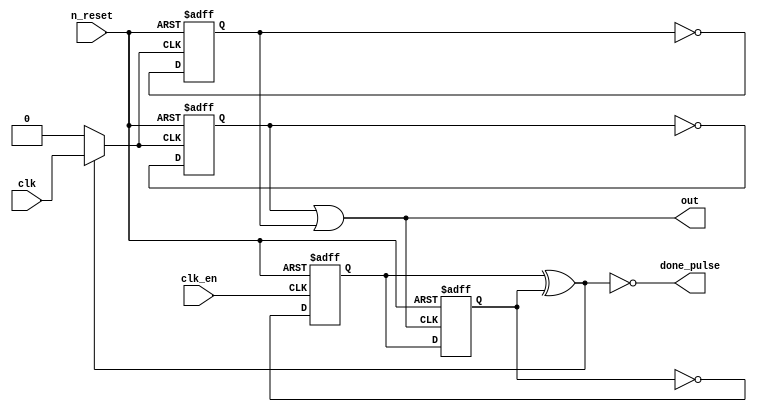
module pulse_gen15(
	input n_reset,
	input clk,
	input clk_en,
	output out,
	output done_pulse
);
assign out = gate;
assign done_pulse = ~anti_glitch;
reg counter1, counter2;
reg anti_glitch1, anti_glitch2;
wire anti_glitch = anti_glitch1 ^ anti_glitch2;
wire g_clk = anti_glitch? clk : 1'b0;
wire gate = counter1 | counter2;

always @(negedge n_reset or posedge clk_en)
	if(!n_reset)
		anti_glitch1 <= 1'b0;
	else anti_glitch1 <= ~anti_glitch2;
	
always @(negedge n_reset or negedge gate)
	if(!n_reset)
		anti_glitch2 <= 1'b0;
	else anti_glitch2 <= anti_glitch1;

always @(negedge n_reset or posedge g_clk)
	if(!n_reset) begin
			counter1 <= 1'd0;
		end
	else
		begin
			counter1 <= ~counter1;
		end
		
always @(negedge n_reset or negedge g_clk)		
	if(!n_reset)
			counter2 <= 1'd0;
	else
			counter2 <= ~counter2;

endmodule